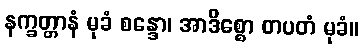
နက္ခတ္တာနံ မုခံ စန္ဒော၊ အာဒိစ္စော တပတံ မုခံ။